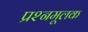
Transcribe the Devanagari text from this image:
प्रश्नमूलक